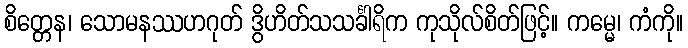
စိတ္တေန၊ သောမနဿဟဂုတ် ဒွိဟိတ်သသင်္ခါရိက ကုသိုလ်စိတ်ဖြင့်။ ကမ္မေ၊ ကံကို။